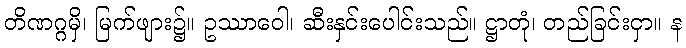
တိဏဂ္ဂမှိ၊ မြက်ဖျား၌။ ဥဿာဝေါ၊ ဆီးနှင်းပေါင်းသည်။ ဋ္ဌာတုံ၊ တည်ခြင်းငှာ။ န